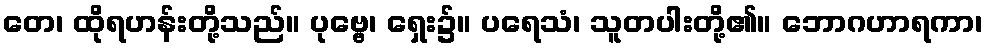
တေ၊ ထိုရဟန်းတို့သည်။ ပုဗ္ဗေ၊ ရှေး၌။ ပရေသံ၊ သူတပါးတို့၏။ ဘောဂဟာရကာ၊